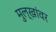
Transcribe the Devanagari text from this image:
मुल्खांवर